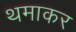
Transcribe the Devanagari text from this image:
थमाकर